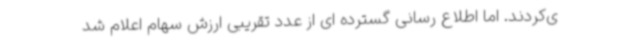
ی‌کردند. اما اطلاع رسانی گسترده ای از عدد تقریبی ارزش سهام اعلام شد